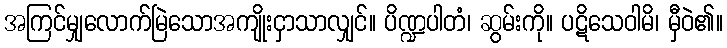
အကြင်မျှလောက်မြဲသောအကျိုးငှာသာလျှင်။ ပိဏ္ဍပါတံ၊ ဆွမ်းကို။ ပဋိသေဝါမိ၊ မှီဝဲ၏။